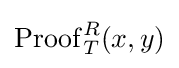
\operatorname {Proof} _{T}^{R}(x,y)